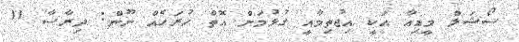
ސޯޝަލް މީޑިއާ އަކީ އިޖުތިމާއީ ގުޅުމަށް އޮތް ހުރަހެއް ނޫން: ދިރާސާ 11